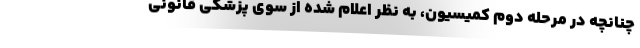
چنانچه در مرحله دوم کمیسیون، به نظر اعلام شده از سوی پزشکی قانونی